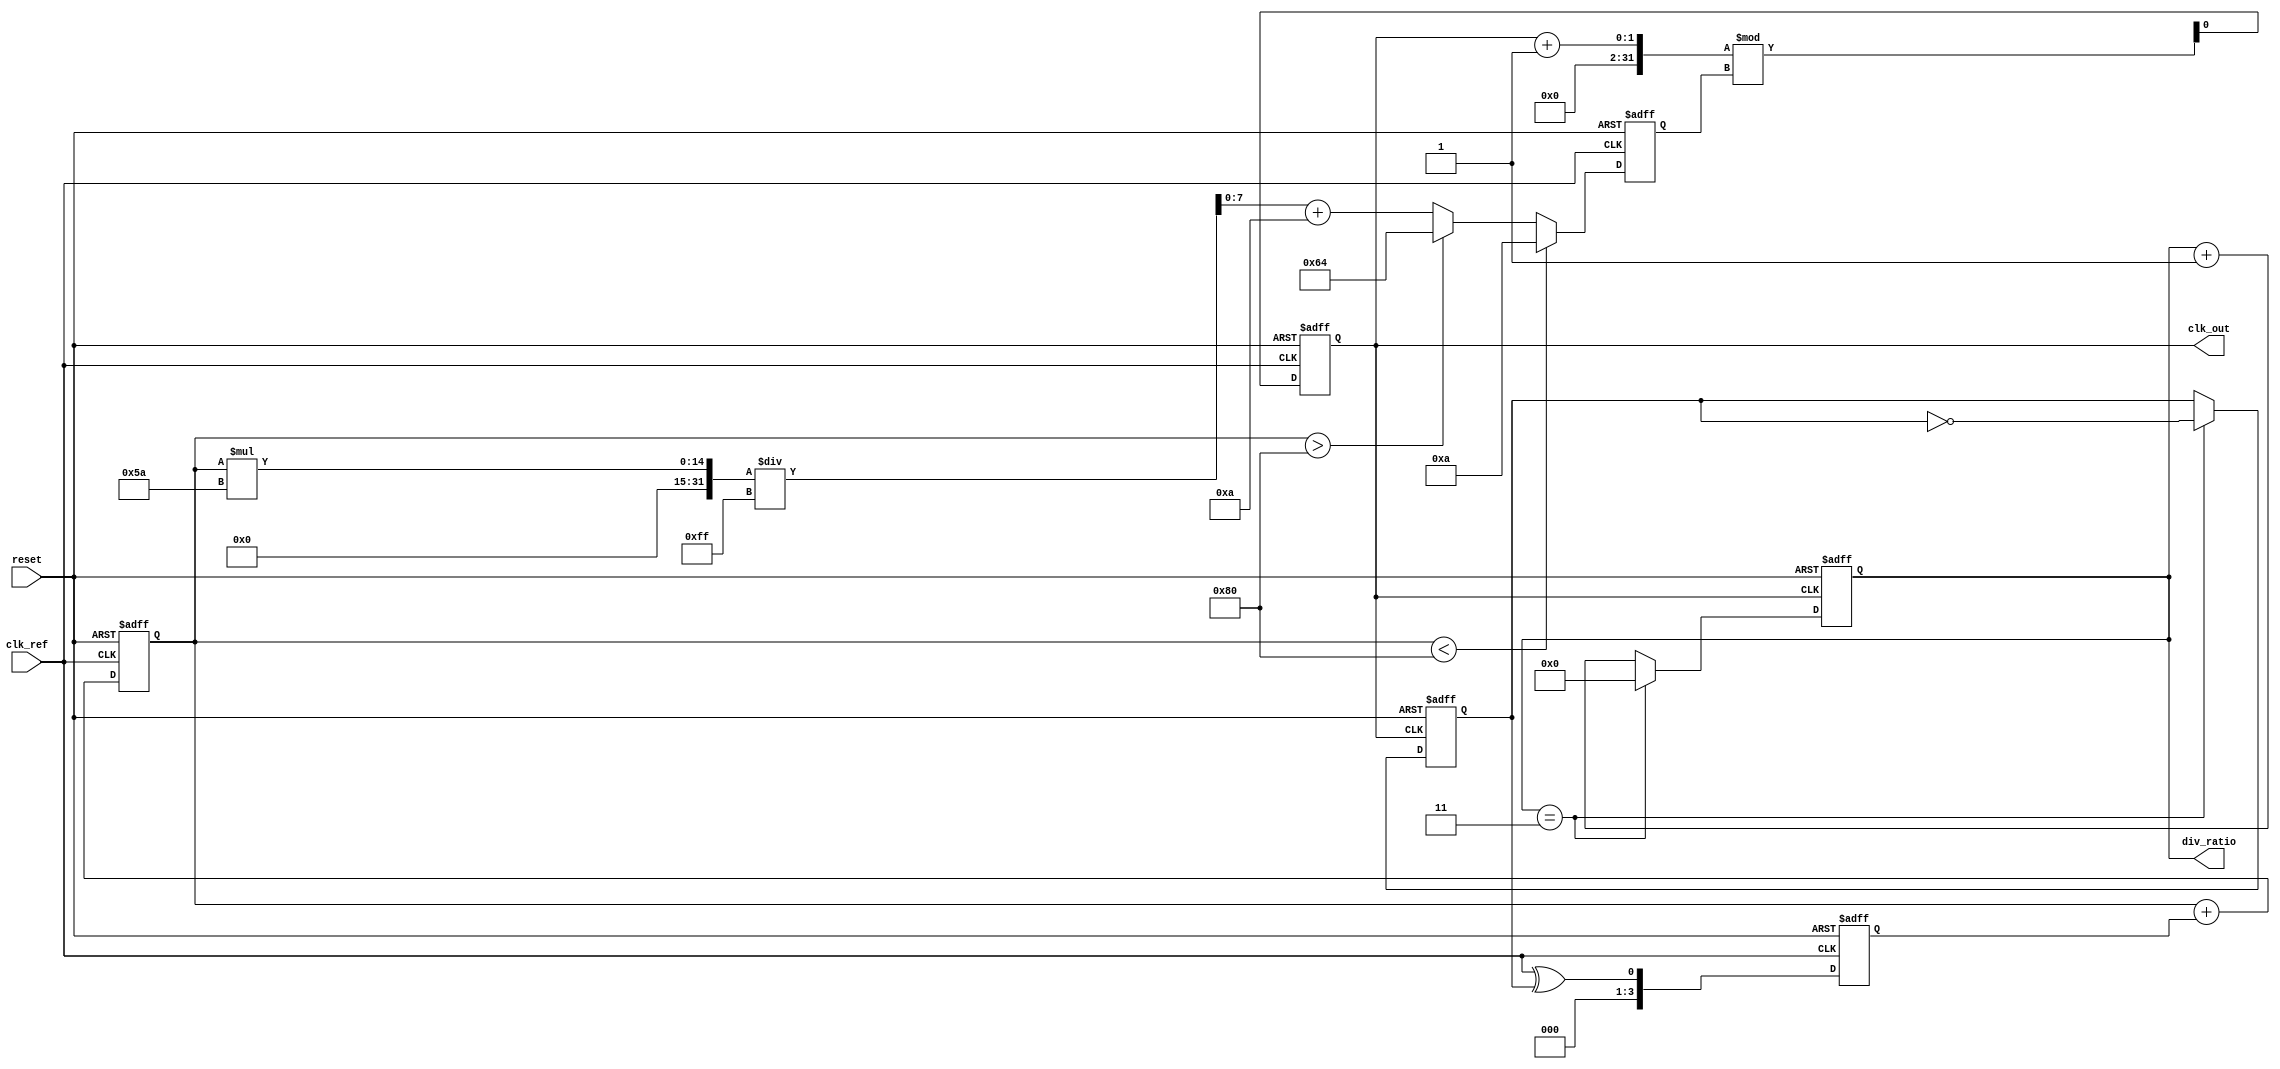
module pll (
    input wire clk_ref,           // Reference clock input
    input wire reset,             // Reset signal
    output reg clk_out,           // Output clock signal
    output reg [N-1:0] div_ratio  // Division ratio for frequency divider
);

parameter N = 4;                 // Division ratio parameter
parameter VCO_MAX_FREQ = 100;   // Maximum frequency for VCO
parameter VCO_MIN_FREQ = 10;     // Minimum frequency for VCO

// Internal signals
reg [N-1:0] phase_error;         // Phase error signal
reg [7:0] control_voltage;        // Control voltage for VCO
reg [7:0] vco_freq;              // Frequency output from VCO
reg clk_div;                     // Divided clock signal

// Phase Detector (PD)
always @(posedge clk_ref or posedge reset) begin
    if (reset) begin
        phase_error <= 0;
    end else begin
        // Simple XOR phase detector
        phase_error <= clk_ref ^ clk_div;
    end
end

// Loop Filter (LF)
always @(posedge clk_ref or posedge reset) begin
    if (reset) begin
        control_voltage <= 0;
    end else begin
        // Simple first-order loop filter for demonstration
        control_voltage <= control_voltage + phase_error;
    end
end

// Voltage-Controlled Oscillator (VCO)
always @(posedge clk_ref or posedge reset) begin
    if (reset) begin
        vco_freq <= VCO_MIN_FREQ;
        clk_out <= 0;
    end else begin
        // Control VCO frequency based on control voltage
        if (control_voltage < 128) begin
            vco_freq <= VCO_MIN_FREQ; // Minimum frequency
        end else if (control_voltage > 128) begin
            vco_freq <= VCO_MAX_FREQ; // Maximum frequency
        end else begin
            vco_freq <= (control_voltage * (VCO_MAX_FREQ - VCO_MIN_FREQ) / 255) + VCO_MIN_FREQ;
        end
        
        // Generate output clock based on VCO frequency
        clk_out <= (clk_out + 1) % vco_freq;
    end
end

// Frequency Divider
always @(posedge clk_out or posedge reset) begin
    if (reset) begin
        div_ratio <= 0;
        clk_div <= 0;
    end else begin
        // Simple frequency divider
        if (div_ratio == N-1) begin
            clk_div <= ~clk_div; // Toggle divided clock
            div_ratio <= 0;      // Reset division counter
        end else begin
            div_ratio <= div_ratio + 1; // Increment division counter
        end
    end
end

endmodule